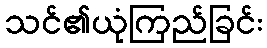
သင်၏ယုံကြည်ခြင်း